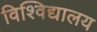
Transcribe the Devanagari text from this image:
विश्‍विद्यालय